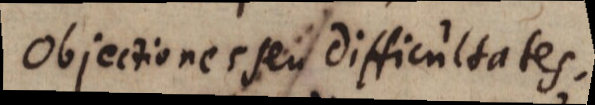
Objectiones seu difficultates.